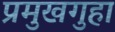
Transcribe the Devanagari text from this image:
प्रमुखगुहा